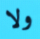
ولا